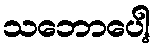
သဘောပေါ့